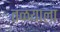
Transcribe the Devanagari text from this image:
तळयाला